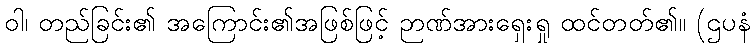
ဝါ၊ တည်ခြင်း၏ အကြောင်း၏အဖြစ်ဖြင့် ဉာဏ်အားရှေးရှု ထင်တတ်၏။ (ဌပနံ